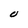
Character: O